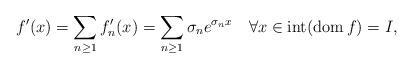
LaTeX: \begin{align*}f^{\prime}(x)=\sum_{n\geq1}f_{n}^{\prime}(x)=\sum_{n\geq1}\sigma_{n}e^{\sigma_{n}x}\quad\forall x\in\operatorname*{int}(\operatorname*{dom}f)=I,\end{align*}